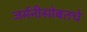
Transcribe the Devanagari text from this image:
जर्मनीसोबतचे